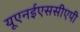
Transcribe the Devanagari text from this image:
यूएनईएससीएपी